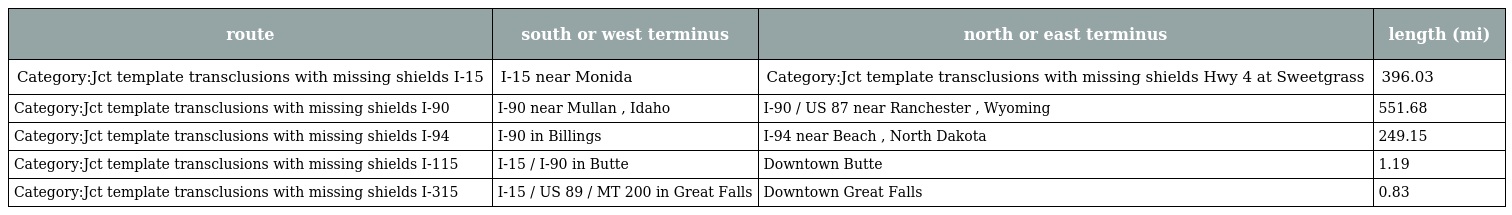
| route | south or west terminus | north or east terminus | length (mi) |
 | --- | --- | --- | --- |
 | Category:Jct template transclusions with missing shields I-15 | I-15 near Monida | Category:Jct template transclusions with missing shields Hwy 4 at Sweetgrass | 396.03 |
 | Category:Jct template transclusions with missing shields I-90 | I-90 near Mullan , Idaho | I-90 / US 87 near Ranchester , Wyoming | 551.68 |
 | Category:Jct template transclusions with missing shields I-94 | I-90 in Billings | I-94 near Beach , North Dakota | 249.15 |
 | Category:Jct template transclusions with missing shields I-115 | I-15 / I-90 in Butte | Downtown Butte | 1.19 |
 | Category:Jct template transclusions with missing shields I-315 | I-15 / US 89 / MT 200 in Great Falls | Downtown Great Falls | 0.83 |